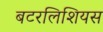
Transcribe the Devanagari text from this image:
बटरलिशियस